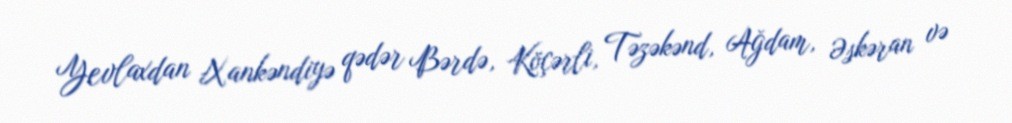
Yevlaxdan Xankəndiyə qədər Bərdə, Köçərli, Təzəkənd, Ağdam, Əskəran və